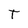
Character: t